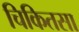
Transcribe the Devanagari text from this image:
चिकितसा